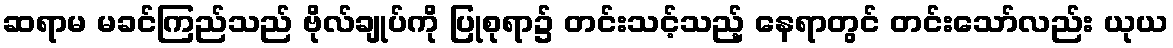
ဆရာမ မခင်ကြည်သည် ဗိုလ်ချုပ်ကို ပြုစုရာ၌ တင်းသင့်သည့် နေရာတွင် တင်းသော်လည်း ယုယ